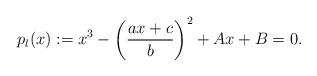
LaTeX: \begin{align*}p_l(x) := x^3 - \left(\frac{ax + c}{b}\right)^2 + Ax + B = 0.\end{align*}